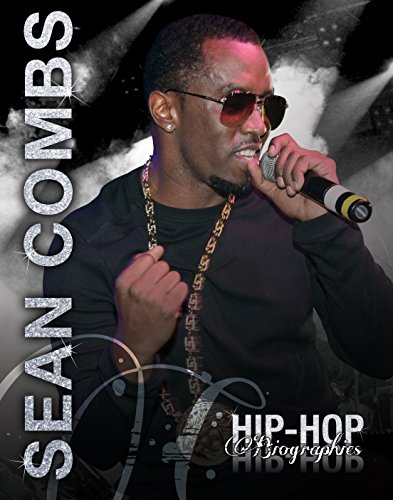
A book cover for Sean Combs (Hip-Hop Biographies); Saddleback Educational Publishing; Teen & Young Adult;